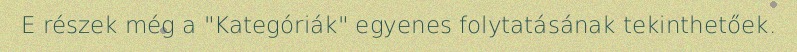
E részek még a "Kategóriák" egyenes folytatásának tekinthetőek.